65_HS1-834228961_62-HQ-83894_Section_6
Agency: FBI
Page 16
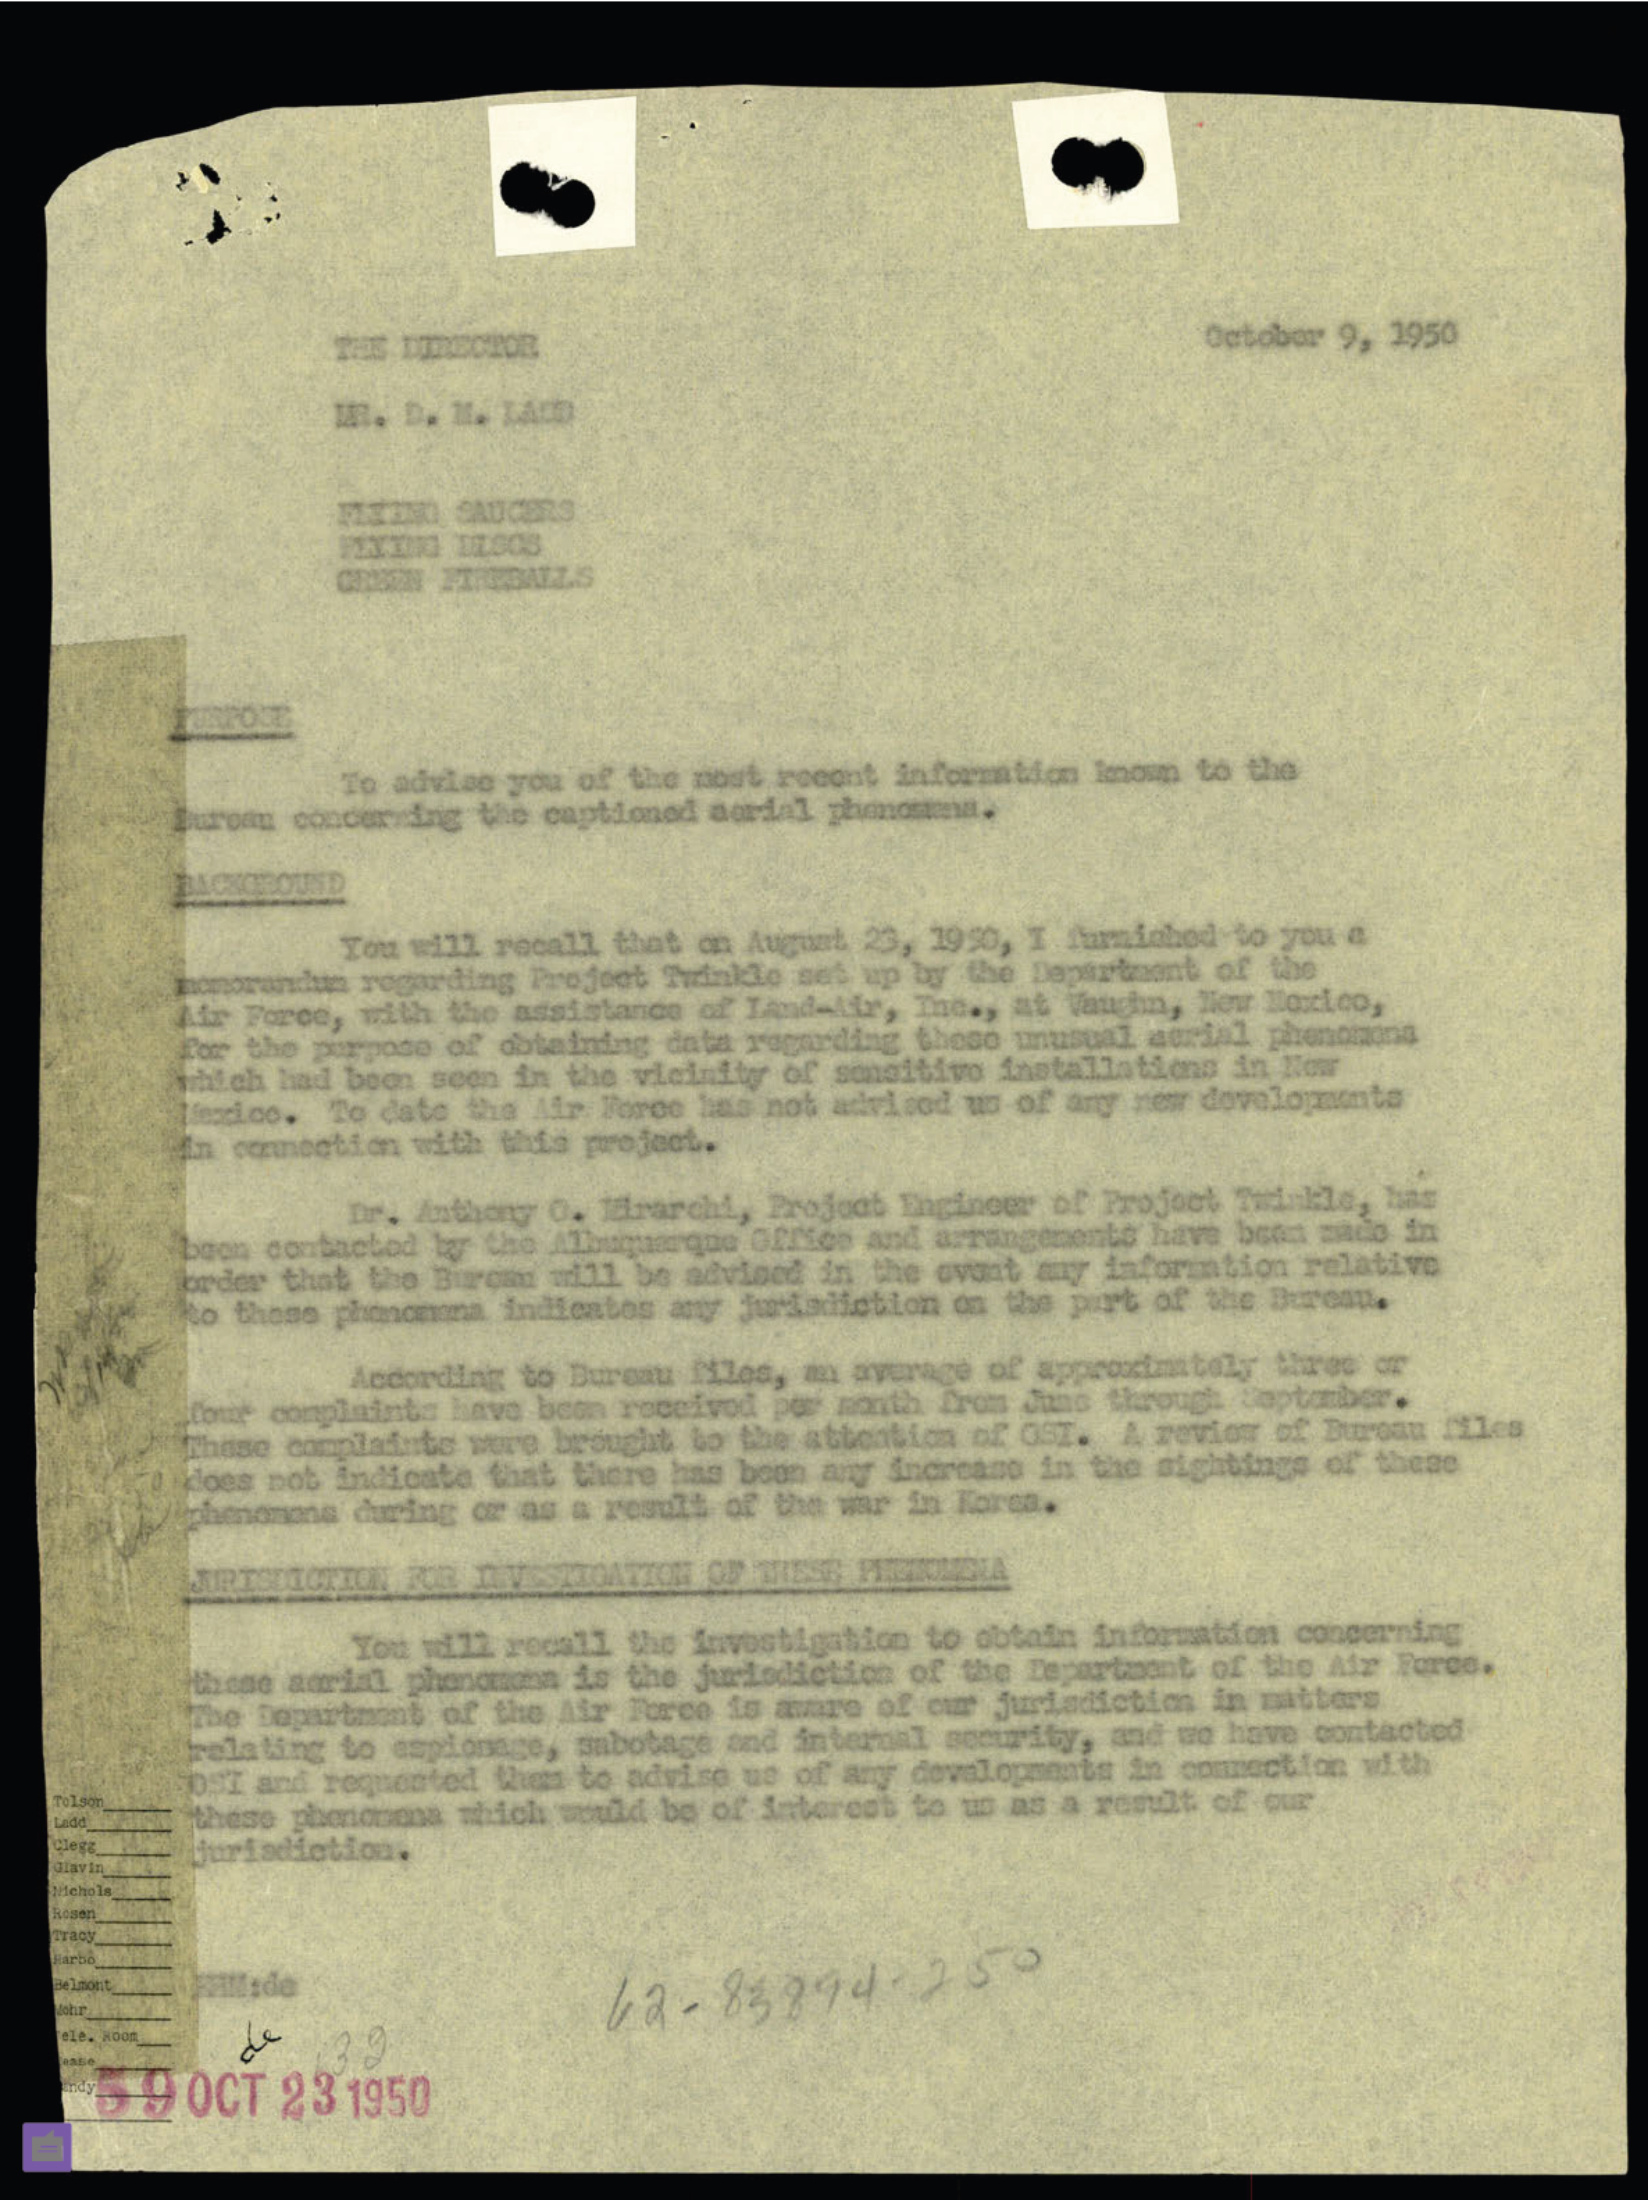